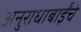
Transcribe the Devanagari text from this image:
अनुराधाबाईंचे